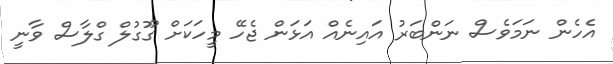
އެހެން ނަމަވެސް ނަންބަރު އައިނެއް އަޅަން ޖެހޭ މީހަކަށް ގޫގުލް ގްލާސް ވާނީ